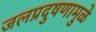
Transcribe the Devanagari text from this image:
जलप्रदुषणामुळे